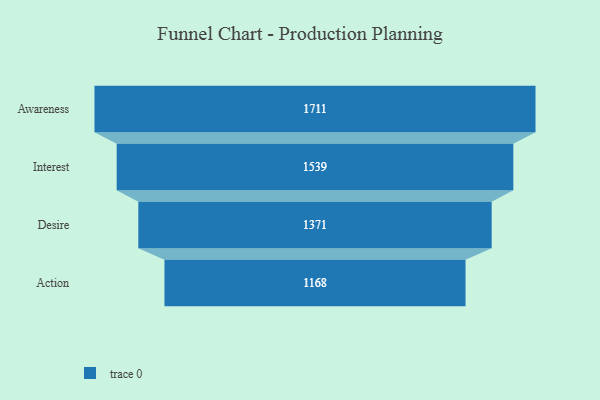
{"axis": {"x": "Stage", "y": "Value"}, "legend": [""], "data": [{"x": "Awareness", "y": 1711.0, "type": ""}, {"x": "Interest", "y": 1539.0, "type": ""}, {"x": "Desire", "y": 1371.0, "type": ""}, {"x": "Action", "y": 1168.0, "type": ""}]}